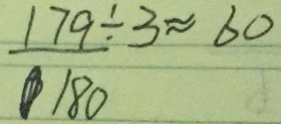
1 7 9 \div 3 \approx 6 0 1 8 0